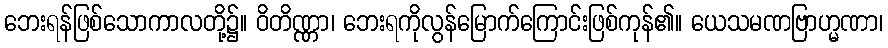
ဘေးရန်ဖြစ်သောကာလတို့၌။ ဝိတိဏ္ဏာ၊ ဘေးရကိုလွန်မြောက်ကြောင်းဖြစ်ကုန်၏။ ယေသမဏဗြာဟ္မဏာ၊